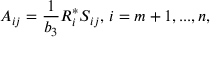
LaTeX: A _ { i j } = { \frac { 1 } { b _ { 3 } } } R _ { i } ^ { * } S _ { i j } , \, i = m + 1 , . . . , n ,